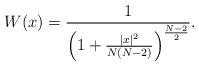
LaTeX: \begin{align*} W(x)=\frac{1}{\left(1+\frac{|x|^2}{N(N-2)}\right)^{\frac{N-2}{2}}}.\end{align*}